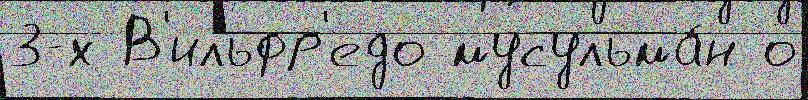
3-х В'ильфр'едо мусульма́н о